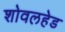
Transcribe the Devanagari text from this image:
शोवलहेड